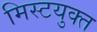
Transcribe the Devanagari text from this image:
मिस्टयुक्त